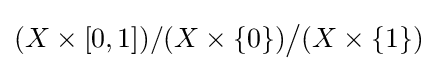
(X\times [0,1])/(X\times \{0\}){\big /}(X\times \{1\})